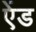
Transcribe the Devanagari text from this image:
एेंड